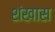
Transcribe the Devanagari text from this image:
शंखास